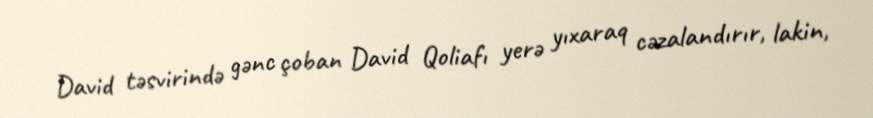
David təsvirində gənc çoban David Qoliafı yerə yıxaraq cəzalandırır, lakin,